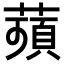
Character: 𦹗